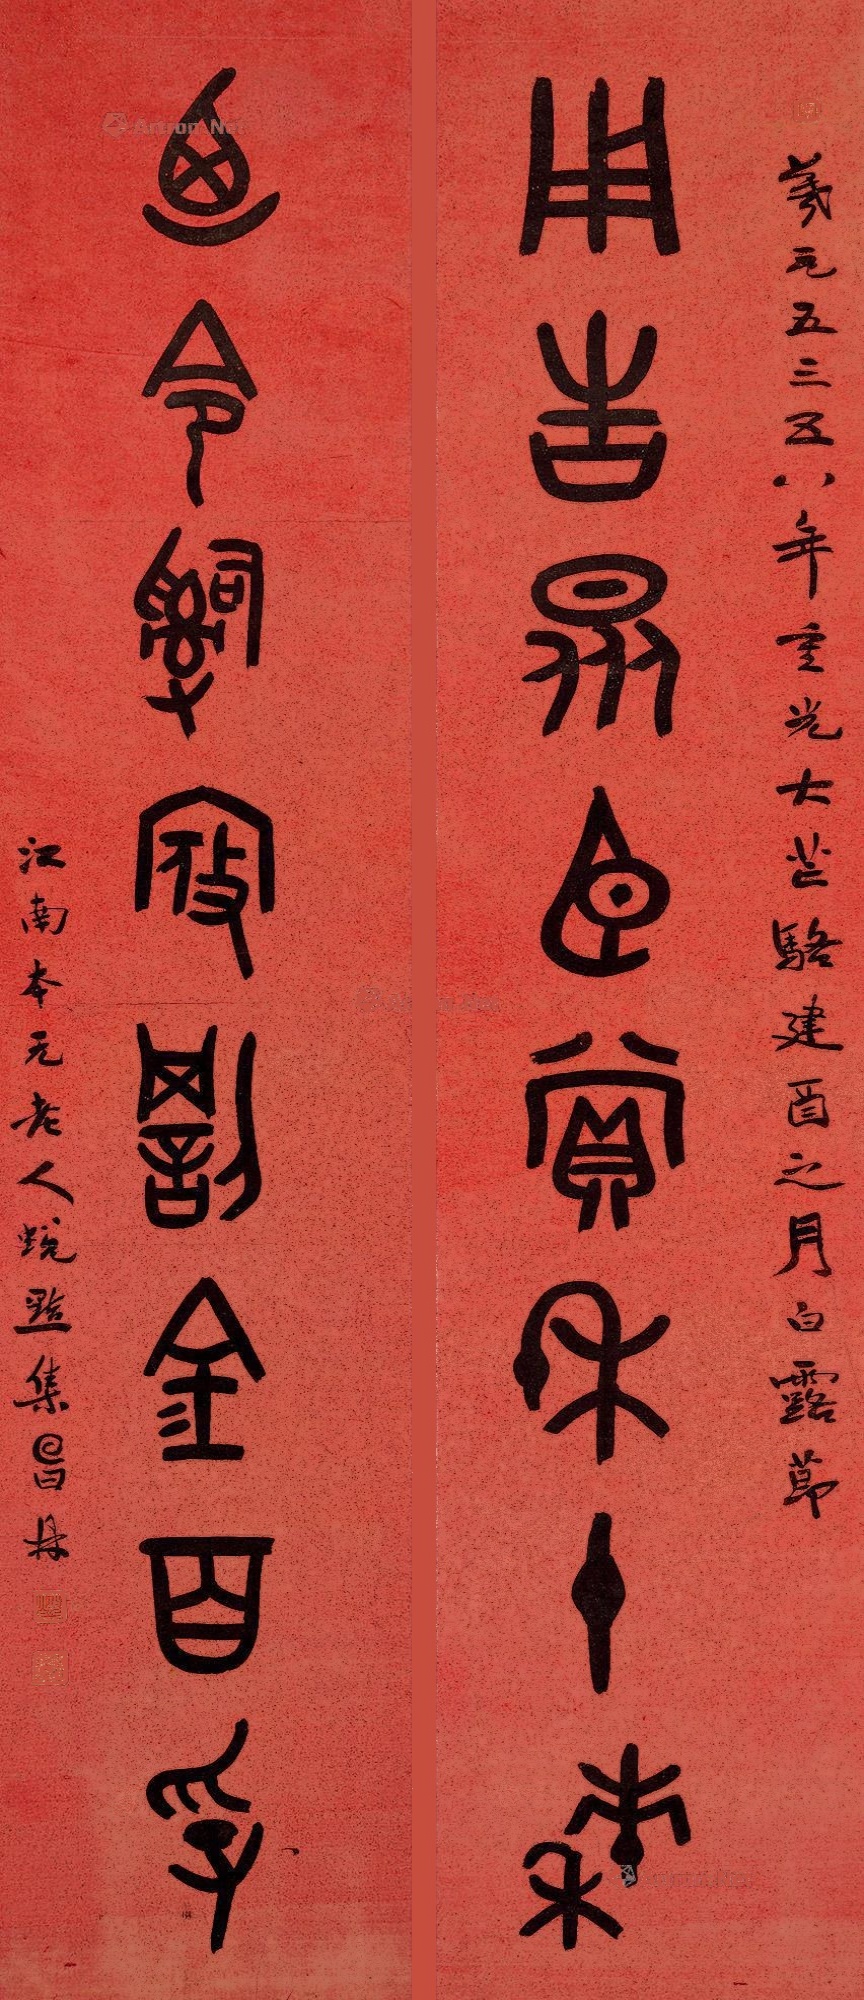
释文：用吉众臣赏禾十秭，乃令辞寇罚金百孚。羲元五三五八年重光大荒骆建酉之月白露节，江南本元老人蜕黯集鼎。